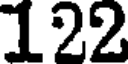
122